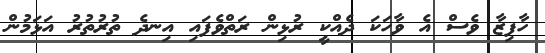
ހާފިޒާ ވެސް އެ ވާހަކަ ދެއްކީ ރުޅިން ރަތްވެފައި އިނދެ ތުރުތުރު އަޅަމުން